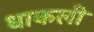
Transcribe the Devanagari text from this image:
धाकली